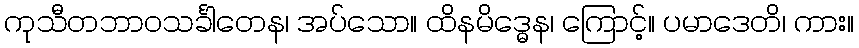
ကုသီတဘာဝသင်္ခါတေန၊ အပ်သော။ ထိနမိဒ္ဓေန၊ ကြောင့်။ ပမာဒေတိ၊ ကား။